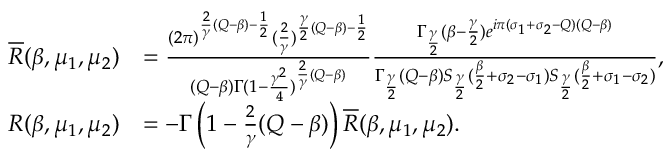
\begin{array} { r l } { \overline { R } ( \beta , \mu _ { 1 } , \mu _ { 2 } ) } & { = \frac { ( 2 \pi ) ^ { \frac { 2 } { \gamma } ( Q - \beta ) - \frac { 1 } { 2 } } ( \frac { 2 } { \gamma } ) ^ { \frac { \gamma } { 2 } ( Q - \beta ) - \frac { 1 } { 2 } } } { ( Q - \beta ) \Gamma ( 1 - \frac { \gamma ^ { 2 } } { 4 } ) ^ { \frac { 2 } { \gamma } ( Q - \beta ) } } \frac { \Gamma _ { \frac { \gamma } { 2 } } ( \beta - \frac { \gamma } { 2 } ) e ^ { i \pi ( \sigma _ { 1 } + \sigma _ { 2 } - Q ) ( Q - \beta ) } } { \Gamma _ { \frac { \gamma } { 2 } } ( Q - \beta ) S _ { \frac { \gamma } { 2 } } ( \frac { \beta } { 2 } + \sigma _ { 2 } - \sigma _ { 1 } ) S _ { \frac { \gamma } { 2 } } ( \frac { \beta } { 2 } + \sigma _ { 1 } - \sigma _ { 2 } ) } , } \\ { R ( \beta , \mu _ { 1 } , \mu _ { 2 } ) } & { = - \Gamma \left( 1 - \frac { 2 } { \gamma } ( Q - \beta ) \right) \overline { R } ( \beta , \mu _ { 1 } , \mu _ { 2 } ) . } \end{array}